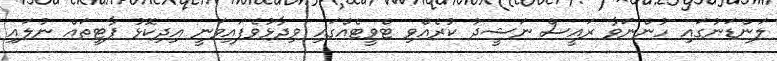
ލަންޑަނުގައި ހުންނަވާ ރައީސް ނަޝީދު ކުރެއްވި ޓްވީޓެއްގައި ވިދާޅުވެފައިވަނީ އިދިކޮޅު ޕާޓީތައް ނުލައި